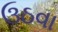
ઉઠવા